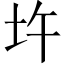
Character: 𡉦